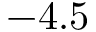
- 4 . 5